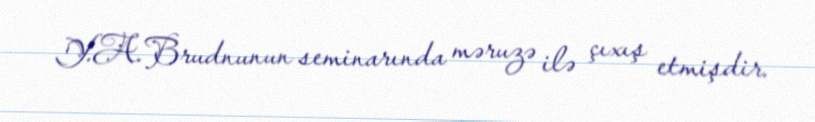
Y.A.Brudnunun seminarında məruzə ilə çıxış etmişdir.